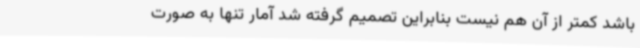
باشد کمتر از آن هم نیست بنابراین تصمیم گرفته شد آمار تنها به صورت